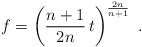
\begin{align*}f = \left(\frac{n+1}{2n}\,t\right)^{\frac{2n}{n+1}}\ .\end{align*}